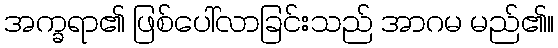
အက္ခရာ၏ ဖြစ်ပေါ်လာခြင်းသည် အာဂမ မည်၏။